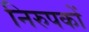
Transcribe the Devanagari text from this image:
निरुपकों